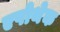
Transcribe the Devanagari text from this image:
एपोथेक